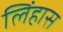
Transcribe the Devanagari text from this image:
लिंहास